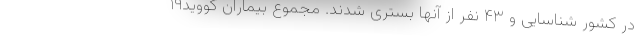
در کشور شناسایی و ۴۳ نفر از آنها بستری شدند. مجموع بیماران کووید۱۹